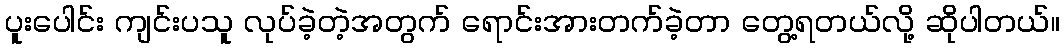
ပူးပေါင်း ကျင်းပသူ လုပ်ခဲ့တဲ့အတွက် ရောင်းအားတက်ခဲ့တာ တွေ့ရတယ်လို့ ဆိုပါတယ်။